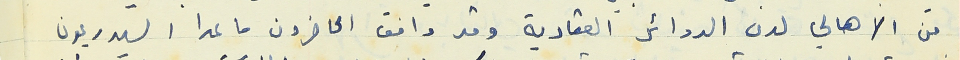
من الاهالي لدى الدوائر العقارية وقد وافق الحاضرون ما عدا السيد ريمون